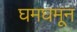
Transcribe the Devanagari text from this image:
घमघमून